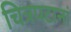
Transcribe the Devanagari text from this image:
चित्रपटानां